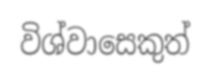
විශ්වාසෙකුත්